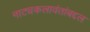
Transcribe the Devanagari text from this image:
नाट्यकलावंतांबद्दल